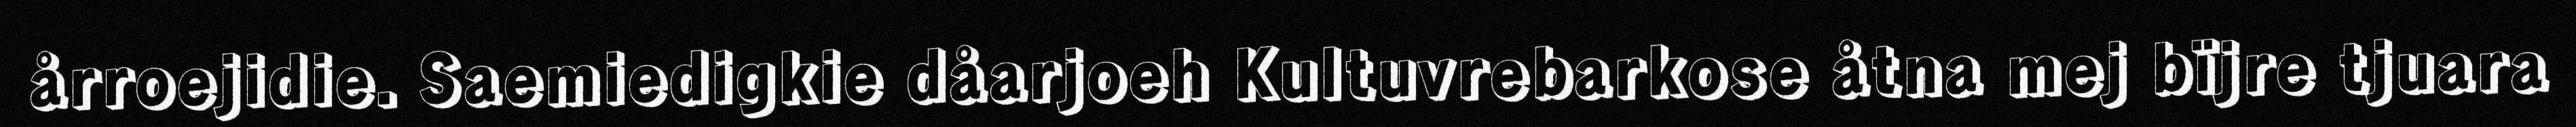
årroejidie. Saemiedigkie dåarjoeh Kultuvrebarkose åtna mej bïjre tjuara